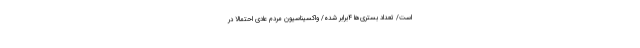
است/ تعداد بستری‌ها ۴برابر شده/ واکسیناسیون مردم عادی احتمالاً در